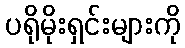
ပရိုမိုးရှင်းများကို